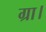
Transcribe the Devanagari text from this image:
ग्रा।